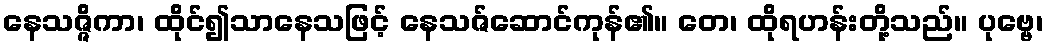
နေသဇ္ဇိကာ၊ ထိုင်၍သာနေသဖြင့် နေသဇ်ဆောင်ကုန်၏။ တေ၊ ထိုရဟန်းတို့သည်။ ပုဗ္ဗေ၊